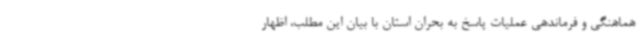
هماهنگی و فرماندهی عملیات پاسخ به بحران استان با بیان این مطلب، اظهار